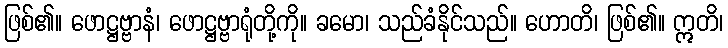
ဖြစ်၏။ ဖောဋ္ဌဗ္ဗာနံ၊ ဖောဋ္ဌဗ္ဗာရုံတို့ကို။ ခမော၊ သည်ခံနိုင်သည်။ ဟောတိ၊ ဖြစ်၏။ ဣတိ၊